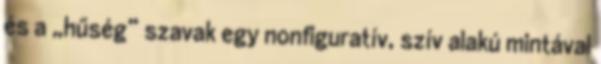
és a „hűség” szavak egy nonfiguratív, szív alakú mintával